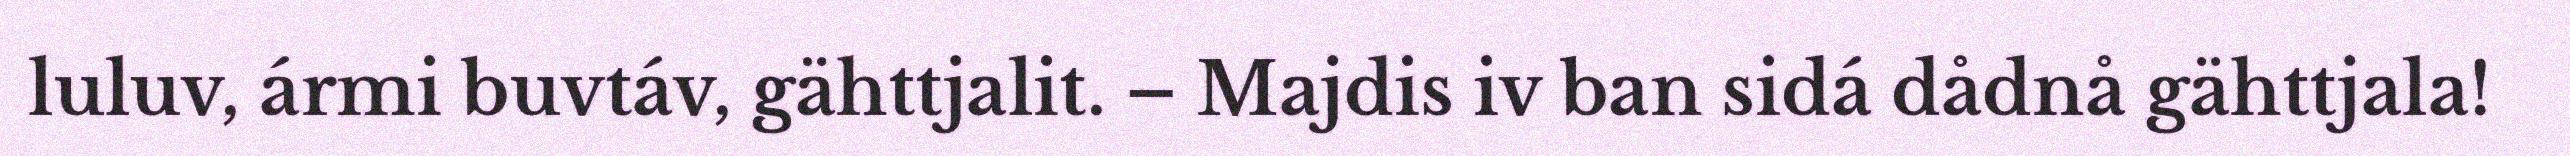
luluv, ármi buvtáv, gähttjalit. – Majdis iv ban sidá dådnå gähttjala!